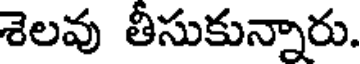
శెలవు తీసుకున్నారు.